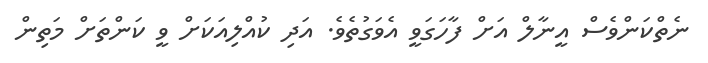
ނެތްކަންވެސް އީނާލް އަށް ފާހަގަވީ އެވަގުތެވެ. އަދި ކުއްލިއަކަށް ވީ ކަންތަށް މަތިން